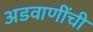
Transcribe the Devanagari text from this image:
अडवाणींची